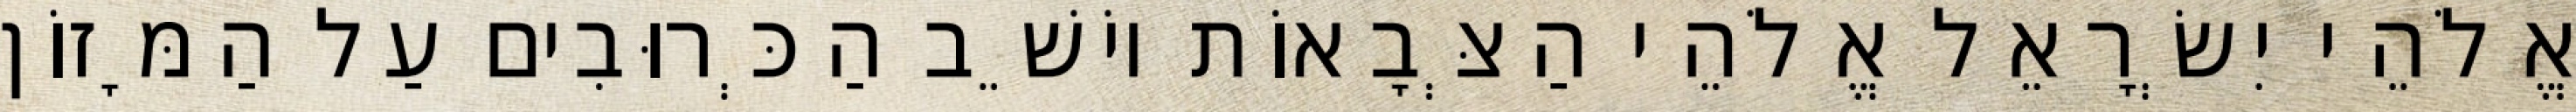
אֱלֹהֵי יִשְׂרָאֵל אֱלֹהֵי הַצְּבָאוֹת יוֹשֵׁב הַכְּרוּבִים עַל הַמָּזוֹן